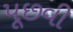
પૂછવી